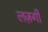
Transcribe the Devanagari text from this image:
लज़गी